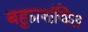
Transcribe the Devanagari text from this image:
बहुप्रशंषित